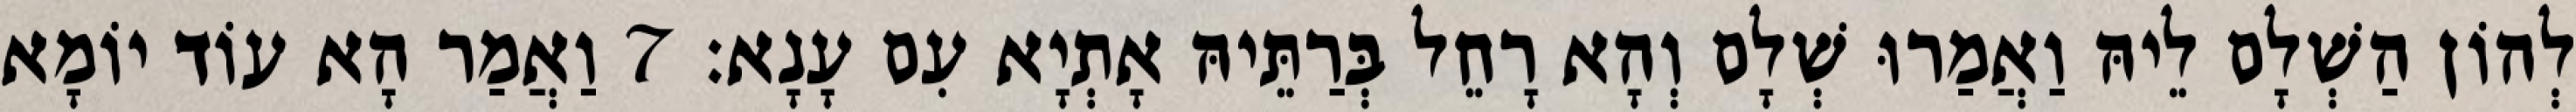
לְהוֹן הַשְׁלָם לֵיהּ וַאֲמַרוּ שְׁלָם וְהָא רָחֵל בְּרַתֵּיהּ אָתְיָא עִם עָנָא׃ 7 וַאֲמַר הָא עוֹד יוֹמָא